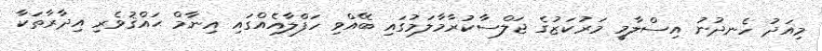
މިއަދު ހެނދުނު އިސްލާމީ މަރުކަޒުގެ ޖަލްސާކުރާމާލަމުގައި ބޭއްވި ހަފްލާއެއްގައި އިނާމް ޙައްޤުވެރި އިދާރާތަކާ